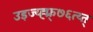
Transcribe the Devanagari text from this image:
उइज्य्ह्फ्र्७६त्य्त्